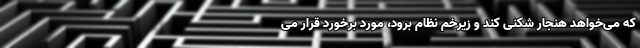
که می‌خواهد هنجار شکنی کند و زیرخم نظام برود، مورد برخورد قرار می